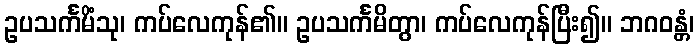
ဥပသင်္ကမိံသု၊ ကပ်လေကုန်၏။ ဥပသင်္ကမိတွာ၊ ကပ်လေကုန်ပြီး၍။ ဘဂဝန္တံ၊